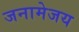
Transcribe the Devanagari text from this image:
जनामेजय